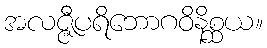
အလဇ္ဇီပရိဘောဂဝိနိစ္ဆယ။